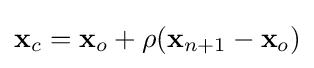
\mathbf {x} _{c}=\mathbf {x} _{o}+\rho (\mathbf {x} _{n+1}-\mathbf {x} _{o})